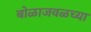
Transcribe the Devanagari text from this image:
बोळाजवळच्या